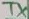
Text: TX